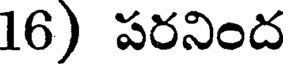
16) పరనింద